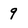
Character: 9